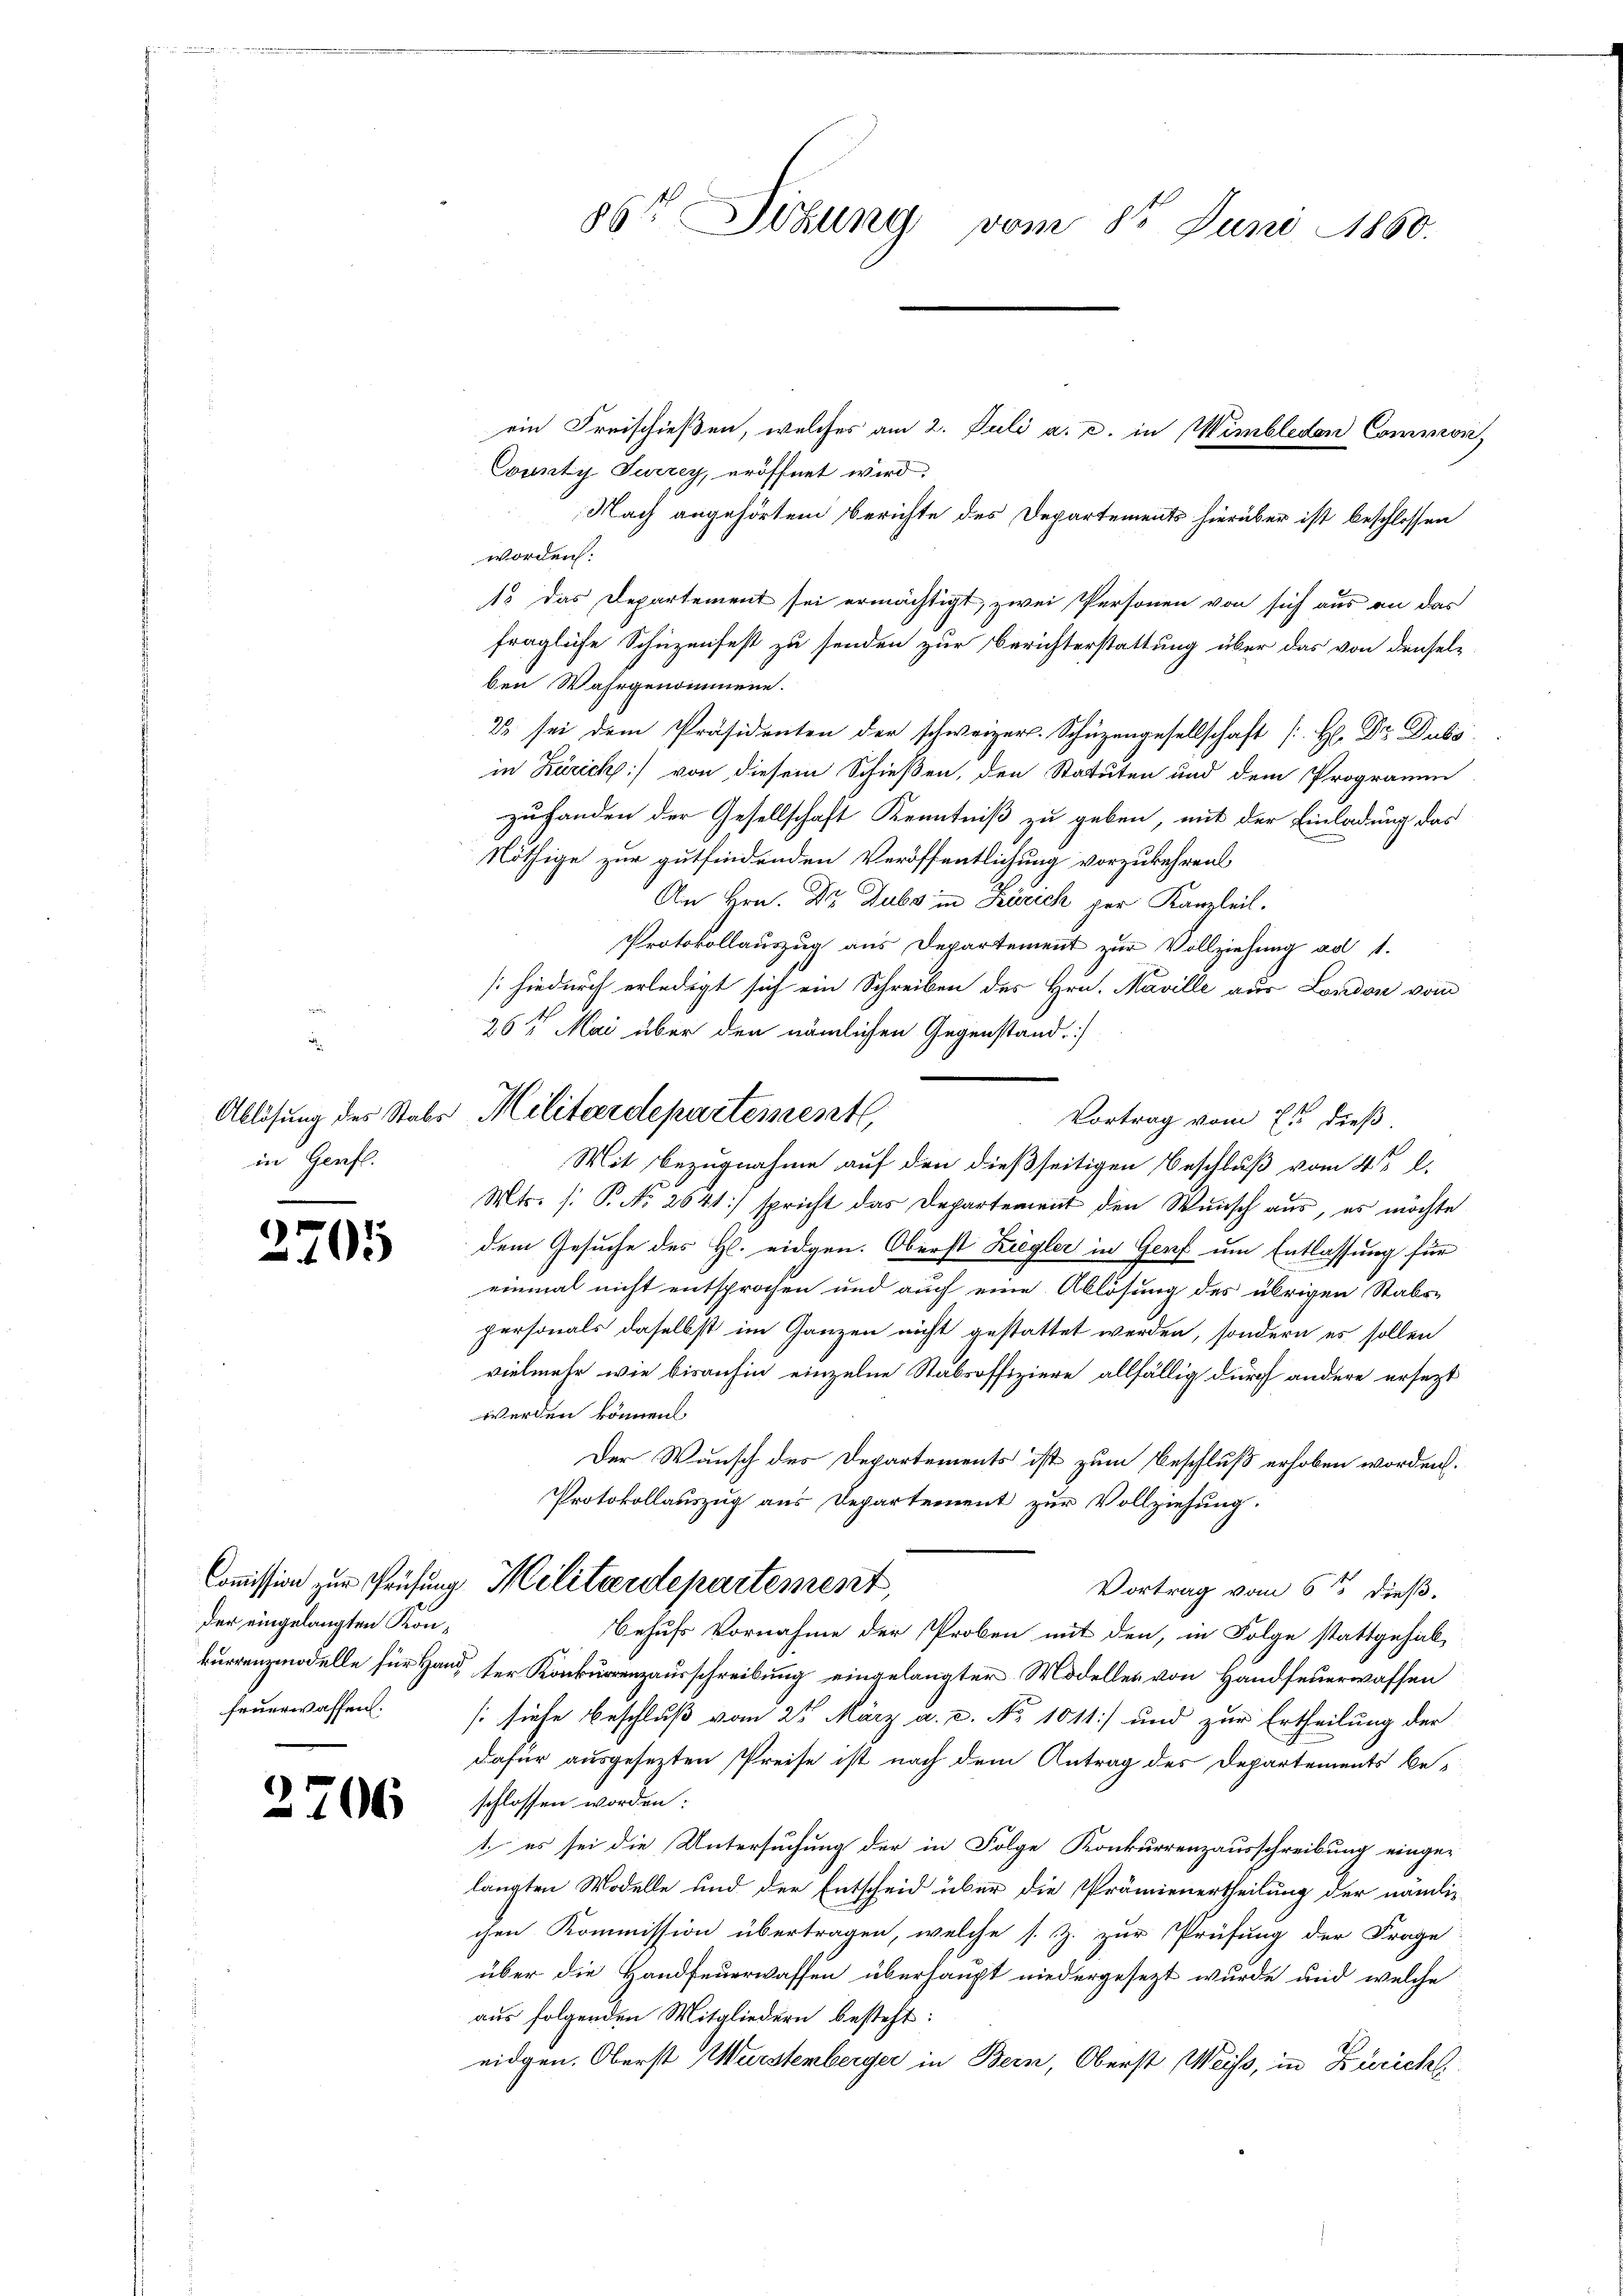
in Genfl.

27

2

1

ein Freischießen, welches am 2. Juli a. c. in Wimbleden Commor,
County Turzey, eröffnet wird.
Nach angehörtem Berichte des Departements hierüber ist beschlossen
worden:
13 das Departement sei ermächtigt, zwei Personen von sich aus an das
fragliche Schüzenfest zu senden zur Berichterstattung über das von denselben Wahrgenommene
23 sei dem Präsidenten der schweizer. Schüzengesellschaft (H. Dr. Dubs,
in Zürich) von diesem Schießen, den Statuten und dem Programm
zuhanden der Gesellschaft Kenntniß zu geben, mit der Einladung das
Nöthige zur gutfindenden Veröffentlichung vorzukehren
An Hrn. Dr. Dubs in Zürich per Kanzleil.
Protokollauszug aus Departement zur Vollziehung ad 1.
/hiedurch erledigt sich ein Schreiben des Hrn. Maville aus London vom
26t Mai über den nämlichen Gegenstand.
Mit Bezugnahme auf den dießseitigen Beschluß vom 4t l.
Mts. (: P. No 2641) spricht das Departement den Wunsch aus, es möchte
dem Gesuche des Hl. eidgen. Oberst Ziegler in Genf um Entlassung für
einmal nicht entsprochen und auch eine Ablösung des übrigen Stabs-
personals daselbst im Ganzen nicht gestattet werden, sondern es sollen
vielmehr wie bisanhin einzelne Stabsoffiziere allfällig durch andere ersezt
werden können.
Der Wunsch des Departements ist zum Beschluß erhoben worden.
Protokollauszug aus Departement zur Vollziehung.
Commission zur Prüfung Militärdepartement,
Vortrag vom 6ten dieß.
Behufs Vornahme der Proben mit den, in Folge stattgehal-
kurrenzmodelle für Hand der Konkurrenzausschreibung eingelangter Modeller von Handfeuerwassen
feuerwaffen. (siehe Beschluß vom 25 März a. c. No 10 11) und zur Ertheilung der
dafür ausgesezten Preise ist nach dem Antrag des Departements beschlossen worden:
t es sei die Untersuchung der in Folge Konkurrenzausschreibung eingelangten Modelle und der Entscheid über die Prämienertheilung der nämlichen Kommission übertragen, welche s. Z. zur Prüfung der Frage
über die Handfeuerwassen überhaupt niedergesezt wurde und welche
aus folgenden Mitgliedern besteht:
eidgen. Oberst Wurstemberger in Bern, Oberst Weiss, in Züricht

der eingelangten Kon¬

6

86te Sitzung vom 8t Juni 1860.

Ablösung des Stabs Militärdepartement,
Vortrag vom 7ten dieß